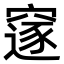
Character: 䆳